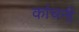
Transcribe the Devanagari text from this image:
कांचनी